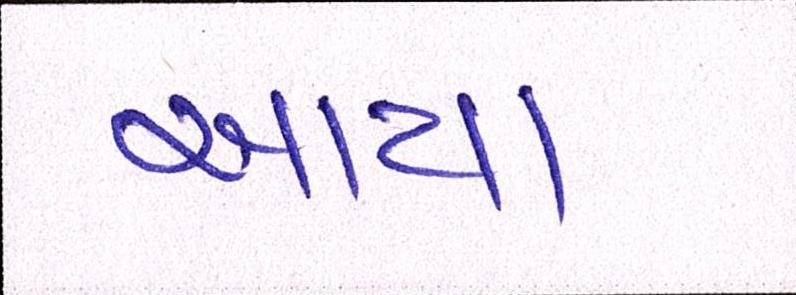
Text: આયા